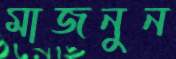
মাজনুন